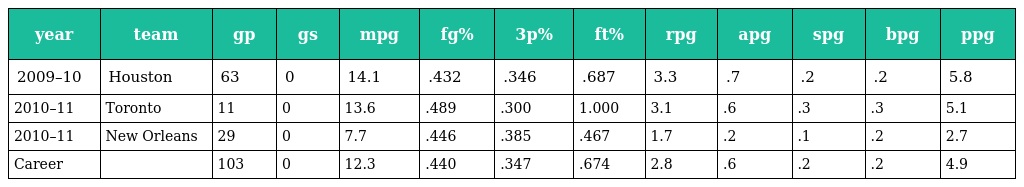
| year | team | gp | gs | mpg | fg% | 3p% | ft% | rpg | apg | spg | bpg | ppg |
 | --- | --- | --- | --- | --- | --- | --- | --- | --- | --- | --- | --- | --- |
 | 2009–10 | Houston | 63 | 0 | 14.1 | .432 | .346 | .687 | 3.3 | .7 | .2 | .2 | 5.8 |
 | 2010–11 | Toronto | 11 | 0 | 13.6 | .489 | .300 | 1.000 | 3.1 | .6 | .3 | .3 | 5.1 |
 | 2010–11 | New Orleans | 29 | 0 | 7.7 | .446 | .385 | .467 | 1.7 | .2 | .1 | .2 | 2.7 |
 | Career |  | 103 | 0 | 12.3 | .440 | .347 | .674 | 2.8 | .6 | .2 | .2 | 4.9 |